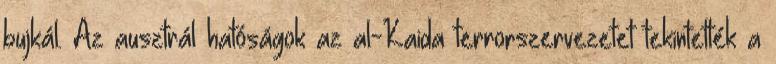
bujkál. Az ausztrál hatóságok az al-Kaida terrorszervezetet tekintették a